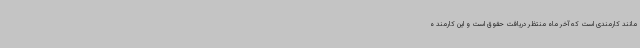
مانند کارمندی است که آخر ماه منتظر دریافت حقوق است و این کارمند ه